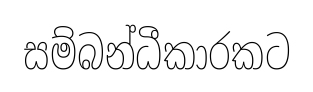
සම්බන්ධීකාරකට